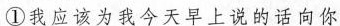
①我应该为我今天早上说的话向你